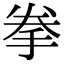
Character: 拳